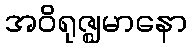
အဝိရုဇ္ဈမာနော